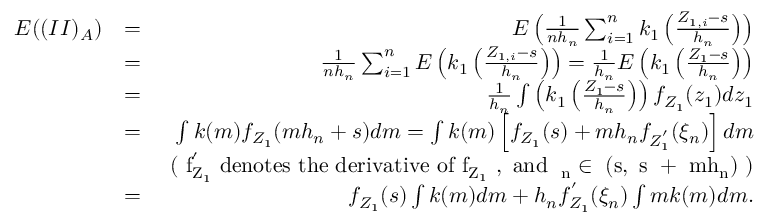
\begin{array} { r l r } { E ( ( I I ) _ { A } ) } & { = } & { E \left( \frac { 1 } { n h _ { n } } \sum _ { i = 1 } ^ { n } k _ { 1 } \left( \frac { Z _ { 1 , i } - s } { h _ { n } } \right) \right) } \\ & { = } & { \frac { 1 } { n h _ { n } } \sum _ { i = 1 } ^ { n } E \left( k _ { 1 } \left( \frac { Z _ { 1 , i } - s } { h _ { n } } \right) \right) = \frac { 1 } { h _ { n } } E \left( k _ { 1 } \left( \frac { Z _ { 1 } - s } { h _ { n } } \right) \right) } \\ & { = } & { \frac { 1 } { h _ { n } } \int \left( k _ { 1 } \left( \frac { Z _ { 1 } - s } { h _ { n } } \right) \right) f _ { Z _ { 1 } } ( z _ { 1 } ) d z _ { 1 } } \\ & { = } & { \int k ( m ) f _ { Z _ { 1 } } ( m h _ { n } + s ) d m = \int k ( m ) \left[ f _ { Z _ { 1 } } ( s ) + m h _ { n } f _ { Z _ { 1 } ^ { ' } } ( \xi _ { n } ) \right] d m } \\ & { } & { ~ \mathrm { ( ~ f _ { Z _ { 1 } } ^ { ' } ~ d e n o t e s ~ t h e ~ d e r i v a t i v e ~ o f ~ f _ { Z _ { 1 } } ~ , ~ a n d ~ \xi _ { n } \in ~ ( s , ~ s ~ + ~ m h _ { n } ) ~ ) } } \\ & { = } & { f _ { Z _ { 1 } } ( s ) \int k ( m ) d m + h _ { n } f _ { Z _ { 1 } } ^ { ' } ( \xi _ { n } ) \int m k ( m ) d m . } \end{array}